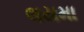
લયમા